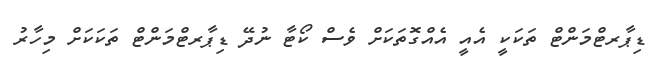
ޑިޕާރޓްމަންޓް ތަކަކީ އެއީ އެއްގޮތަކަށް ވެސް ކޯޓާ ނުދޭ ޑިޕާރޓްމަންޓް ތަކަކަށް މިހާރު